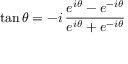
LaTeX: \tan \theta = - i \, { \frac { e ^ { i \theta } - e ^ { - i \theta } } { e ^ { i \theta } + e ^ { - i \theta } } }